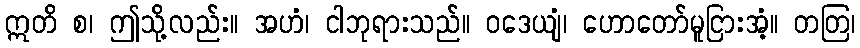
ဣတိ စ၊ ဤသို့လည်း။ အဟံ၊ ငါဘုရားသည်။ ဝဒေယျံ၊ ဟောတော်မူငြားအံ့။ တတြ၊